Plague in India, 1896, 1897 - Volume 3
Year: 1896
Disease focus: Plague
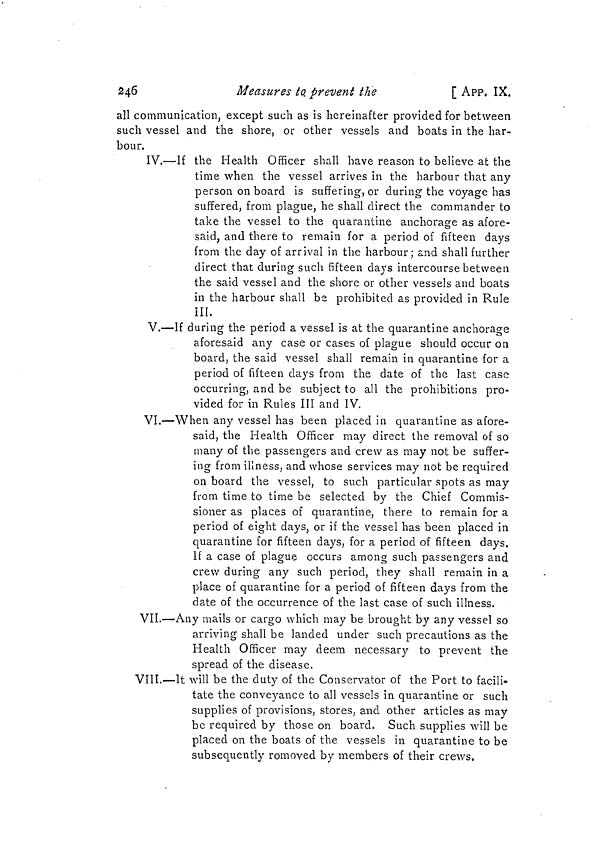
246
Measures to prevent the
[ APP. IX.
all communication, except such as is hereinafter provided for between
such vessel and the shore, or other vessels and boats in the har-
bour.
IV.—If the Health Officer shall have reason to believe at the
time when the vessel arrives in the harbour that any
person onboard is suffering, or during the voyage has
suffered, from plague, he shall direct the commander to
take the vessel to the quarantine anchorage as afore-
said, and there to remain for a period of fifteen days
from the day of arrival in the harbour; and shall further
direct that during such fifteen days intercourse between
the said vessel and the shore or other vessels and boats
in the harbour shall be prohibited as provided in Rule
ill.
V.—If during the period a vessel is at the quarantine anchorage
aforesaid any case or cases of plague should occur on
board, the said vessel shall remain in quarantine for a
period of fifteen days from the date of the last case
occurring, and be subject to all the prohibitions pro-
vided for in Rules III and IV.
VI.—When any vessel has been placed in quarantine as afore-
said, the Health Officer may direct the removal of so
many of the passengers and crew as may not be suffer-
ing from illness, and whose services may not be required
on board the vessel, to such particular spots as may
from time to time be selected by the Chief Commis-
sioner as places of quarantine, there to remain for a
period of eight days, or if the vessel has been placed in
quarantine for fifteen days, for a period of fifteen days.
If a case of plague occurs among such passengers and
crew during any such period, they shall remain in a
place of quarantine for a period of fifteen days from the
date of the occurrence of the last case of such illness.
VII.—Any mails or cargo which may be brought by any vessel so
arriving shall be landed under such precautions as the
Health Officer may deem necessary to prevent the
spread of the disease.
VIII.—It will be the duty of the Conservator of the Port to facili-
tate the conveyance to all vessels in quarantine or such
supplies of provisions, stores, and other articles as may
be required by those on board. Such supplies will be
placed on the boats of the vessels in quarantine to be
subsequently removed by members of their crews.